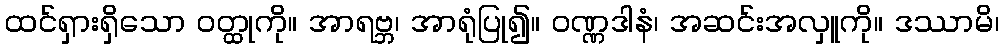
ထင်ရှားရှိသော ဝတ္ထုကို။ အာရဗ္ဘ၊ အာရုံပြု၍။ ဝဏ္ဏဒါနံ၊ အဆင်းအလှူကို။ ဒဿာမိ၊